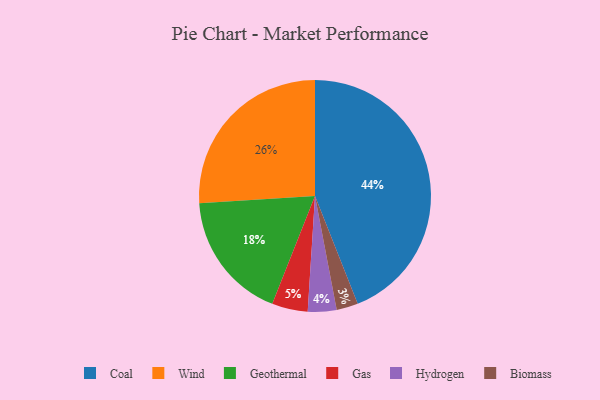
{"axis": {"x": "Category", "y": "Percentage"}, "legend": ["Biomass", "Coal", "Gas", "Geothermal", "Hydrogen", "Wind"], "data": [{"x": "Geothermal", "y": 18, "type": "Geothermal"}, {"x": "Biomass", "y": 3, "type": "Biomass"}, {"x": "Coal", "y": 44, "type": "Coal"}, {"x": "Wind", "y": 26, "type": "Wind"}, {"x": "Gas", "y": 5, "type": "Gas"}, {"x": "Hydrogen", "y": 4, "type": "Hydrogen"}]}